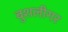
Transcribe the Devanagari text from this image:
बुशलीगर